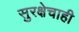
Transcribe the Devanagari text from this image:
सुरक्षेचाही